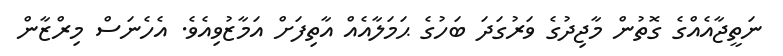
ނަތީޖާއެއްގެ ގޮތުން މާޖިދުގެ ވަރުގަދަ ބަހުގެ ޙަމަލާއެއް އާތިފަށް އަމާޒުވިއެވެ. އެހެނަސް މިރްޒާން